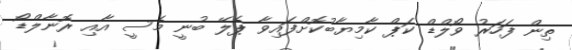
ތިން ފަހަރު ވޯލްޑް ކަޕް ކާމިޔާބުކޮށްފައިވާ ޕެލޭ ބުނީ މެސީ އާއި ރޮނާލްޑޯ